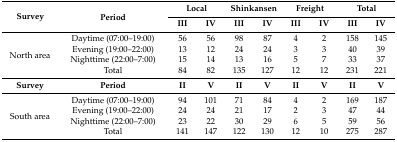
| <ROWSPAN=2> Survey | <ROWSPAN=2> Period | <COLSPAN=2> Local | <COLSPAN=2> Shinkansen | <COLSPAN=2> Freight | <COLSPAN=2> Total |
 | III | IV | III | IV | III | IV | III | IV |
 | --- | --- | --- | --- | --- | --- | --- | --- | --- | --- |
 | <ROWSPAN=4> North area | Daytime (07:00–19:00) | 56 | 56 | 98 | 87 | 4 | 2 | 158 | 145 |
 | Evening (19:00–22:00) | 13 | 12 | 24 | 24 | 3 | 3 | 40 | 39 |
 | Nighttime (22:00–7:00) | 15 | 14 | 13 | 16 | 5 | 7 | 33 | 37 |
 | Total | 84 | 82 | 135 | 127 | 12 | 12 | 231 | 221 |
 | Survey | Period | II | V | II | V | II | V | II | V |
 | <ROWSPAN=4> South area | Daytime (07:00–19:00) | 94 | 101 | 71 | 84 | 4 | 2 | 169 | 187 |
 | Evening (19:00–22:00) | 24 | 24 | 21 | 17 | 2 | 3 | 47 | 44 |
 | Nighttime (22:00–7:00) | 23 | 22 | 30 | 29 | 6 | 5 | 59 | 56 |
 | Total | 141 | 147 | 122 | 130 | 12 | 10 | 275 | 287 |